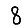
Digit: 8